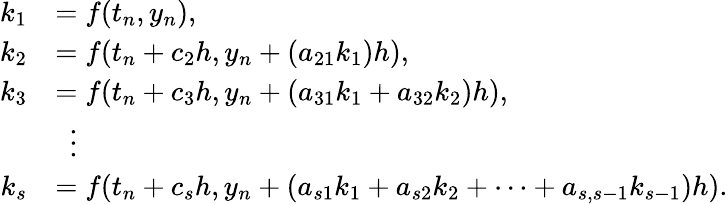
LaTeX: {\begin{array}{rl}{k_{1}}&{=f(t_{n},y_{n}),}\\ {k_{2}}&{=f(t_{n}+c_{2}h,y_{n}+(a_{21}k_{1})h),}\\ {k_{3}}&{=f(t_{n}+c_{3}h,y_{n}+(a_{31}k_{1}+a_{32}k_{2})h),}\\ &{\ \ \vdots}\\ {k_{s}}&{=f(t_{n}+c_{s}h,y_{n}+(a_{s1}k_{1}+a_{s2}k_{2}+\cdots+a_{s,s-1}k_{s-1})h).}\end{array}}